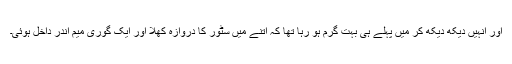
اور انہیں دیکھ دیکھ کر میں پہلے ہی بہت گرم ہو رہا تھا کہ اتنے میں سٹور کا دروازہ کھلا اور ایک گوری میم اندر داخل ہوئی۔